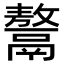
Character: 𩱏